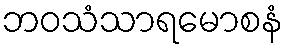
ဘဝသံသာရမောစနံ